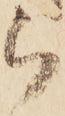
ら